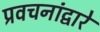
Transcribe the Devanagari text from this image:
प्रवचनांद्वारे